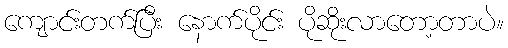
ကျောင်းတက်ပြီး နောက်ပိုင်း ပိုဆိုးလာတော့တာပဲ။